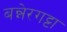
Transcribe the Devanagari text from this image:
बन्नेरगट्टा